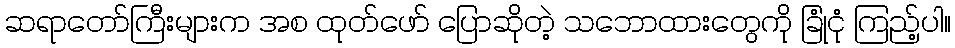
ဆရာတော်ကြီးများက အစ ထုတ်ဖော် ပြောဆိုတဲ့ သဘောထားတွေကို ခြုံငုံ ကြည့်ပါ။